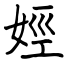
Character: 娙